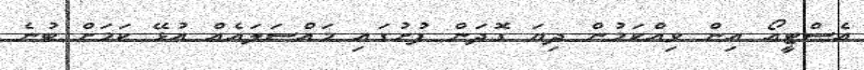
އެސްޓީއޯ އިން ވިއްކަމުން ދިޔަ ގޮދަން ފުށުގައި މައްސަލައެއް އުޅޭ ކަަމަށް ބުނެ